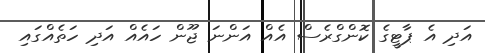
އަދި އެ ޕާޓީގެ ކޮންގްރެސް އެއް އަންނަ ޖޫން ހައެއް އަދި ހަތެެއްގައި